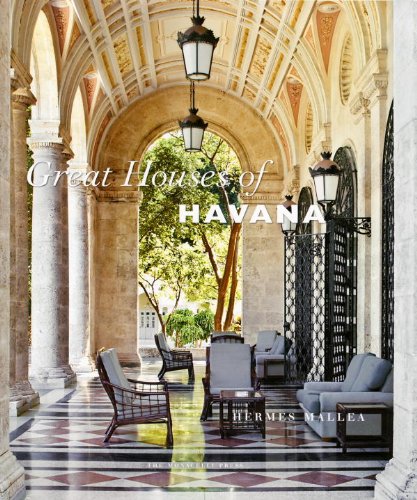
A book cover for Great Houses of Havana; Hermes Mallea; Arts & Photography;